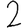
Digit: 2